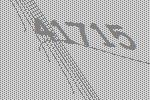
41715